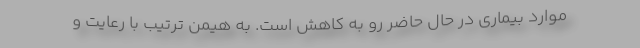
موارد بیماری در حال حاضر رو به کاهش است. به هیمن ترتیب با رعایت و